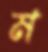
ম